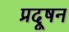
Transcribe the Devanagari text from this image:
प्रदूषन